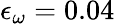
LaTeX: \epsilon_{\omega}=0.04